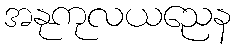
အနုကုလယညေန